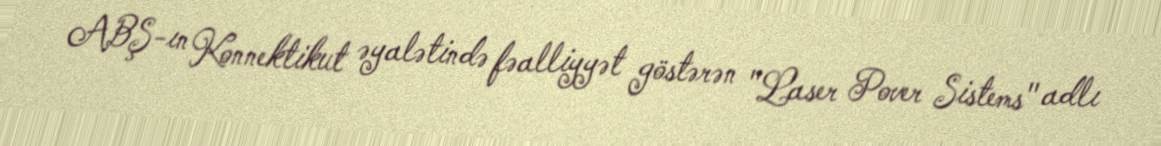
ABŞ-ın Konnektikut əyalətində fəalliyyət göstərən "Laser Pover Sistems" adlı